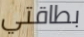
بطاقتي